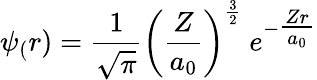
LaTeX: \psi_{(}r)={\frac{1}{\sqrt{\pi}}}\left({\frac{Z}{a_{0}}}\right)^{\frac{3}{2}}\ e^{-{\textstyle{\frac{Zr}{a_{0}}}}}